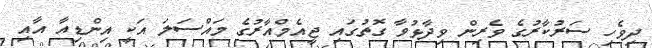
ދިވެހި ސަރުކާރުގެ ވެރިން ވިދާޅުވާ ގޮތުގައި ޖީއެމްއާރުގެ މައްސަލަ އަކީ އިންޑިއާ އާއި